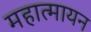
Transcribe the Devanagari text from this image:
महात्मायन